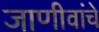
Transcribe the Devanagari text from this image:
जाणीवांचे